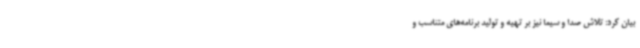
بیان کرد: تلاش صدا و سیما نیز بر تهیه و تولید برنامه‌های متناسب و